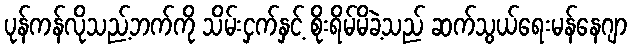
ပုန်ကန်လိုသည့်ဘက်ကို သိမ်းငှက်နှင့် စိုးရိမ်မိခဲ့သည် ဆက်သွယ်ရေးမန်နေဂျာ